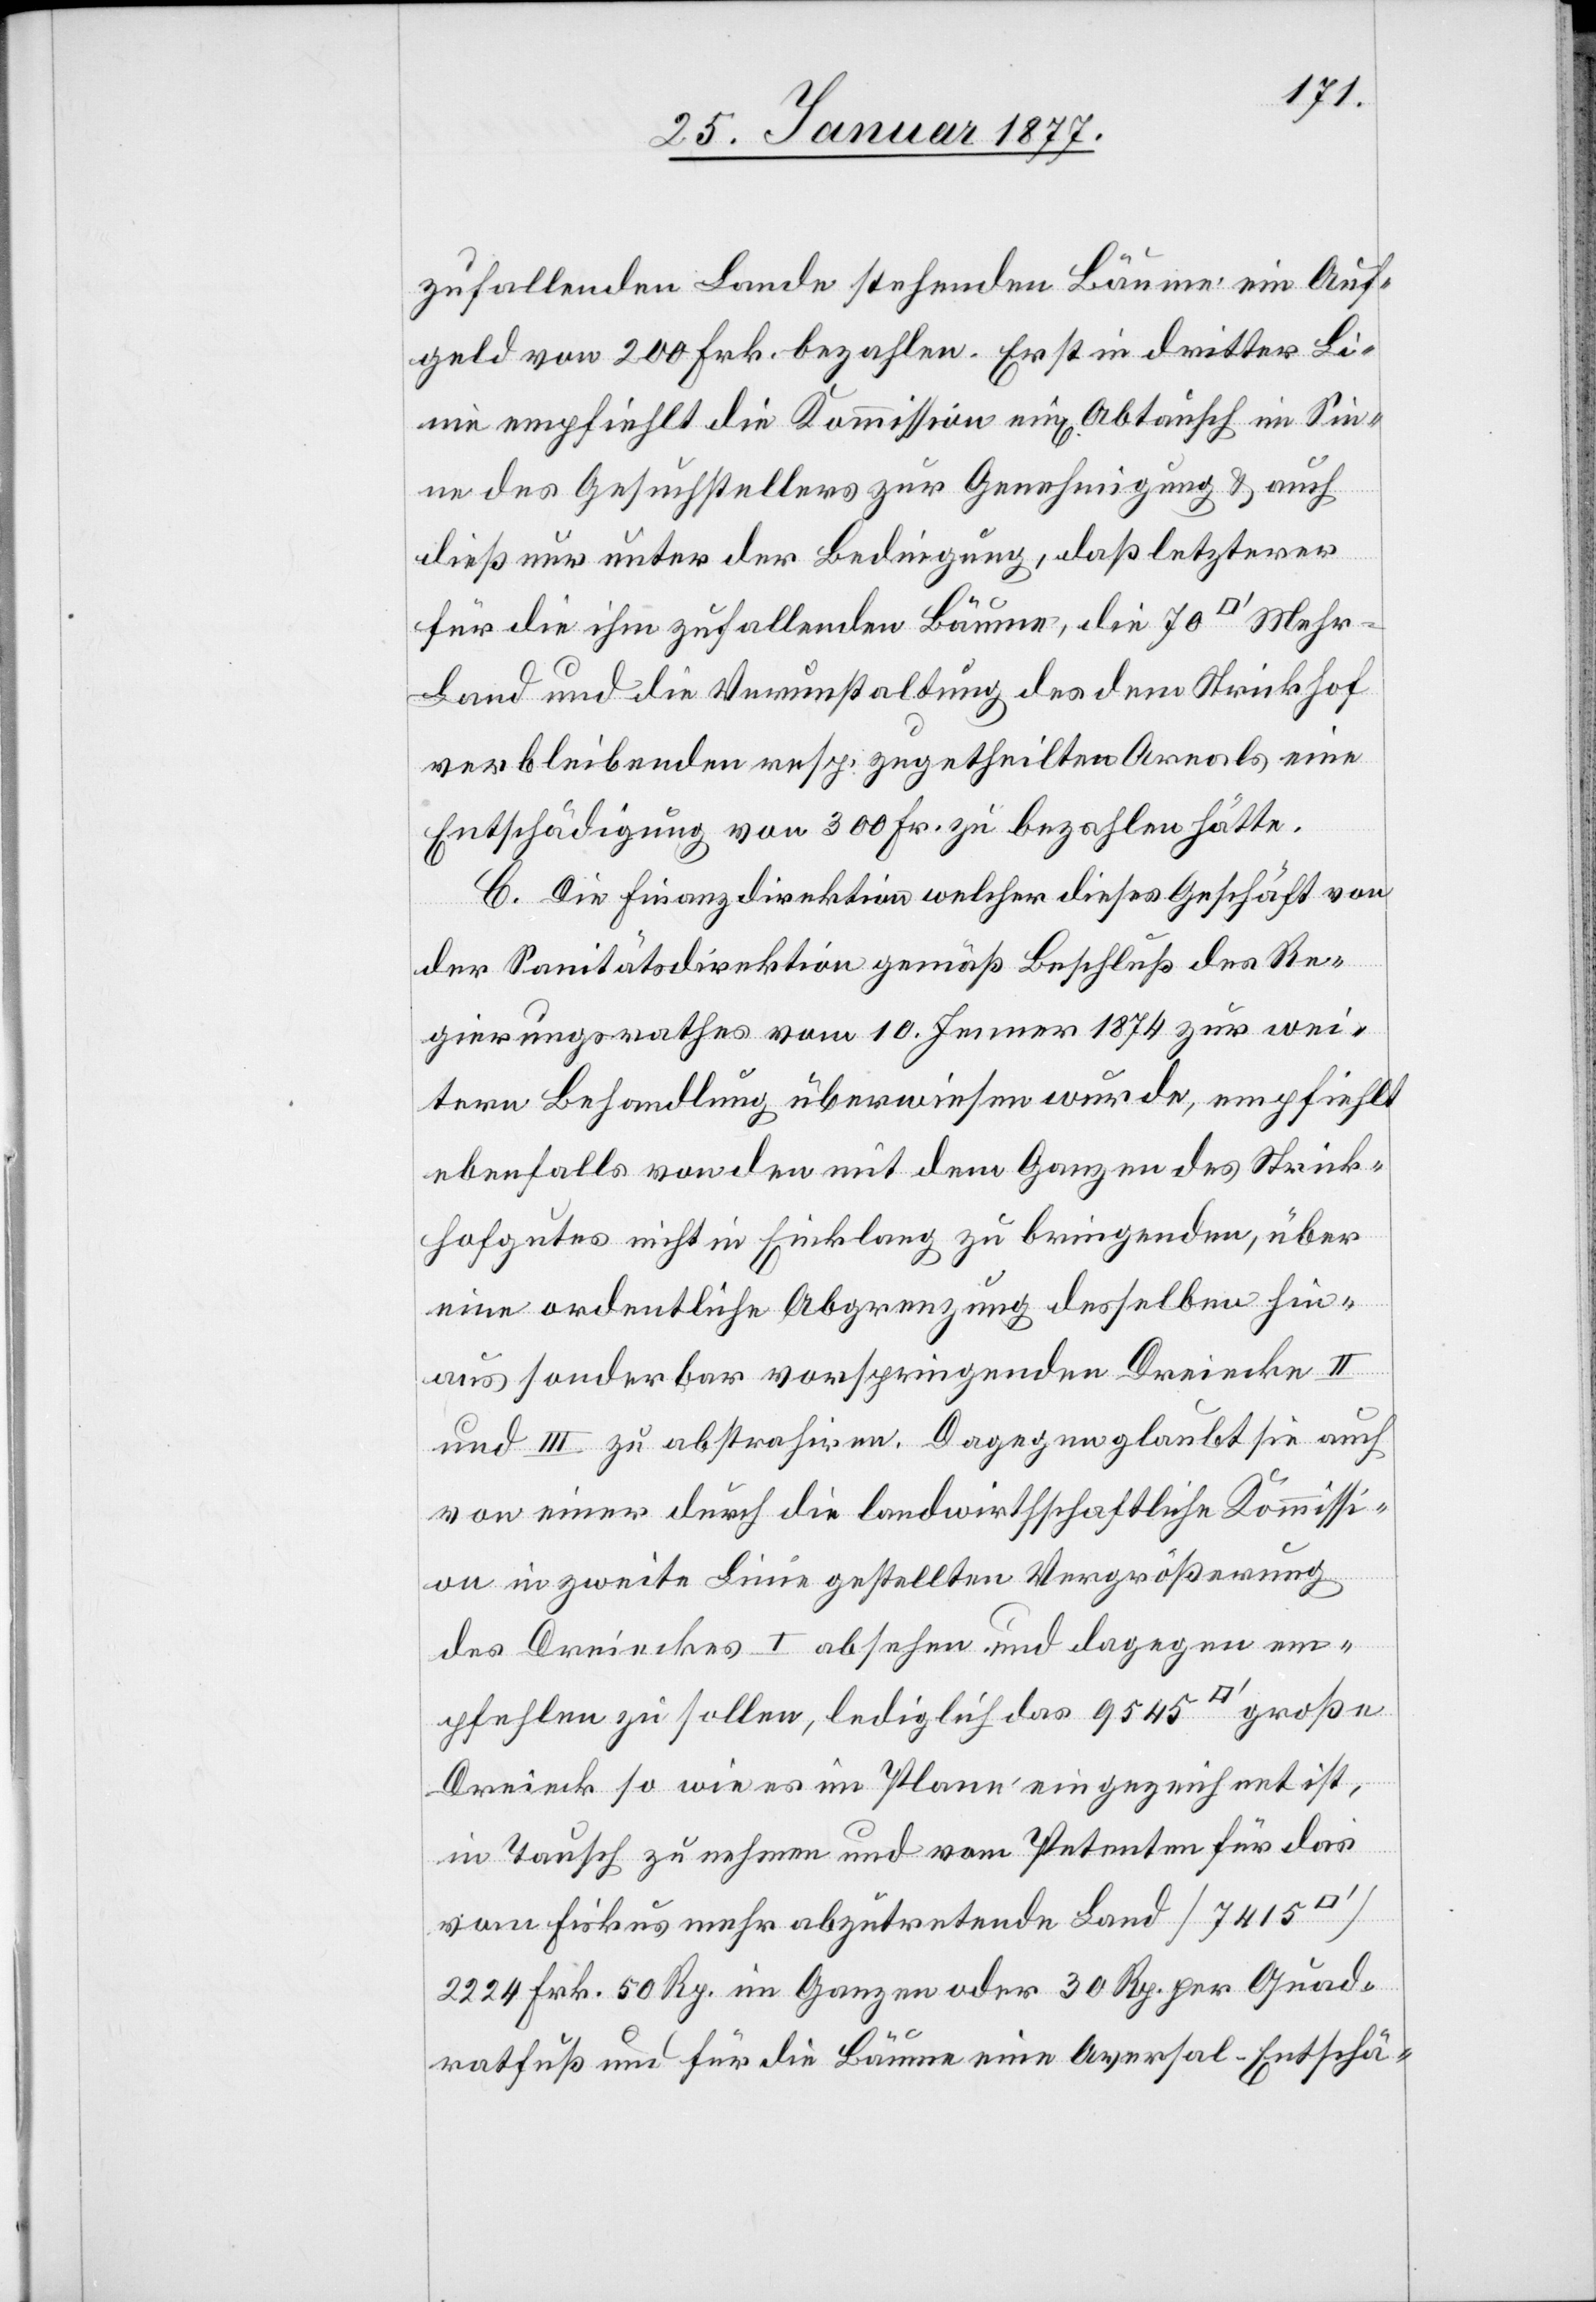
Meh¬
zufallenden Lande stehenden Bäume ein Auf¬
geld von 200 Frk. bezahlen. Erst in dritter Li¬
nie empfiehlt die Kommission ein Abtausch im Sin¬
ne des Gesuchstellers zur Genehmigung & auch
dieß nur unter der Bedingung, daß letzterer
für die ihm zufallenden Bäume, die 70 [Quadr¬
r-Land und die Verunstaltung des dem Strickhof
verbleibenden resp. zugetheilten Areals eine
Entschädigung von 300 Frk. zu bezahlen hätte.
C. Die Finanzdirektion welcher dieses Geschäft von
der Sanitätsdirektion gemäß Beschluß des Re¬
gierungsrathes vom 10. Jenner 1874 zur wei¬
tern Behandlung überwiesen wurde, empfiehlt
ebenfalls von den mit dem Ganzen des Strick¬
hofgutes nicht in Einklang zu bringenden, über
eine ordentliche Abgrenzung desselben hin¬
aus sonderbar vorspringenden Dreiecke II
und III zu abstrahiren. Dagegen glaubt sie auch
von einer durch die landwirthschaftliche Kommissi¬
on in zweite Linie gestellten Vergrößerung
des Dreieckes I absehen und dagegen em¬
pfehlen zu sollen, lediglich das 9545 [Quadratfuss]
Dreieck so wie es im Plane eingezeichnet ist,
in Tausch zu nehmen und vom Petenten für das
vom Fiskus mehr abzutretende Land [7415
2224 Frk 50 Rp. im Ganzen oder 30 Rp. per Quad¬
ratfuß und für die Bäume eine Aversal-Entschä-